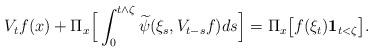
LaTeX: \begin{align*} V_t f(x) + \Pi_x \Big[ \int_0^{t\wedge \zeta} \widetilde \psi (\xi_s,V_{t-s} f) ds \Big] =\Pi_x \big[ f(\xi_t)\mathbf 1_{t<\zeta} \big]. \end{align*}